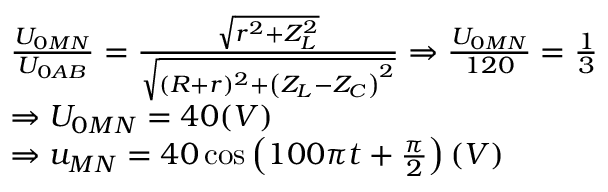
\begin{array} { r l } & { \frac { U _ { 0 M N } } { U _ { 0 A B } } = \frac { \sqrt { r ^ { 2 } + Z _ { L } ^ { 2 } } } { \sqrt { ( R + r ) ^ { 2 } + \left( Z _ { L } - Z _ { C } \right) ^ { 2 } } } \Rightarrow \frac { U _ { 0 M N } } { 1 2 0 } = \frac { 1 } { 3 } } \\ & { \Rightarrow U _ { 0 M N } = 4 0 ( V ) } \\ & { \Rightarrow u _ { M N } = 4 0 \cos \left( 1 0 0 \pi t + \frac { \pi } { 2 } \right) ( V ) } \end{array}